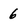
Character: 6